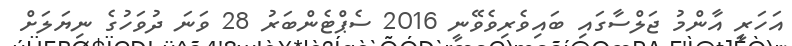
އަހަރީ އާންމު ޖަލްސާގައި ބައިވެރިވެވޭނީ 2016 ސެޕްޓެންބަރު 28 ވަނަ ދުވަހުގެ ނިޔަލަށް